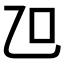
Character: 𠮞